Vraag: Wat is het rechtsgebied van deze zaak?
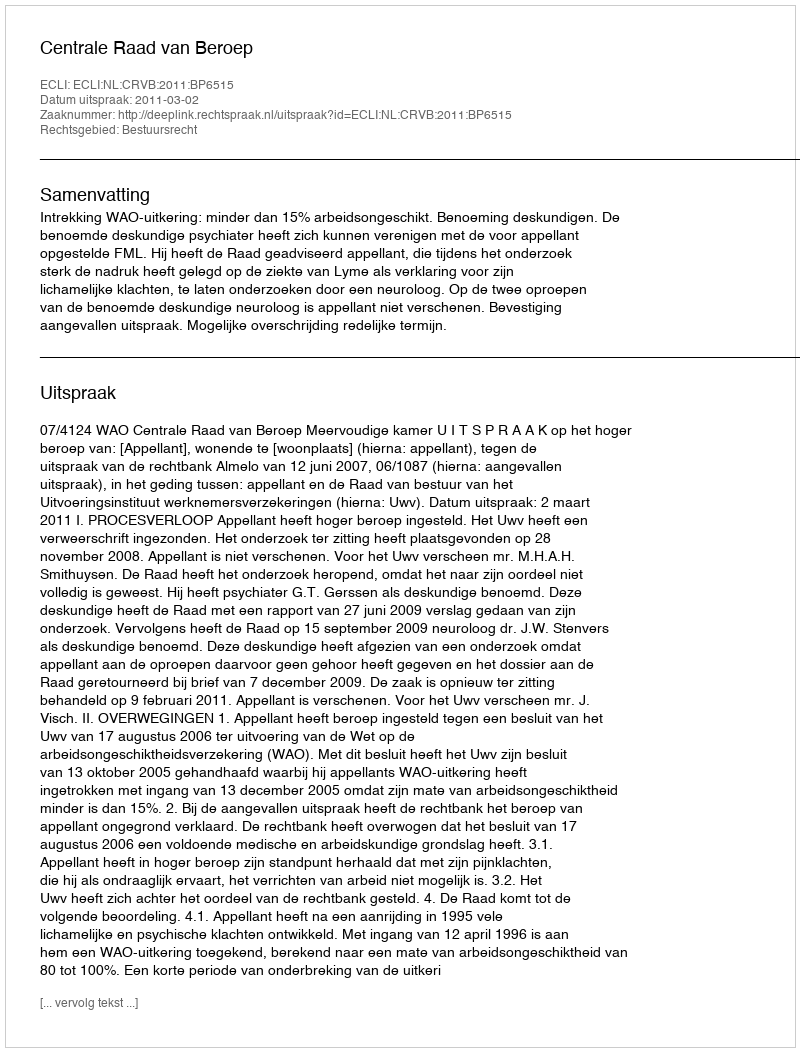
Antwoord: Bestuursrecht